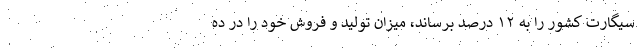
سیگارت کشور را به ۱۲ درصد برساند، میزان تولید و فروش خود را در ده